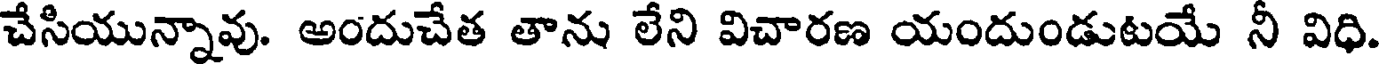
చేసియున్నావు. అందుచేత తాను లేని విచారణ యందుండుటయే నీ విధి.